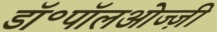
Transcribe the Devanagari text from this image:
डॉ॰पॉलओज्ज़ी